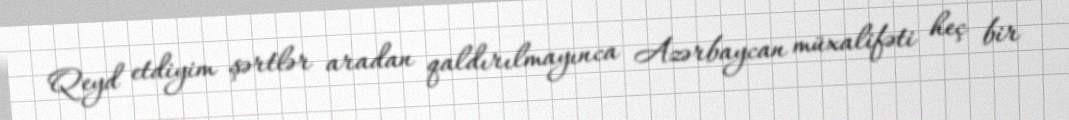
Qeyd etdiyim şərtlər aradan qaldırılmayınca Azərbaycan müxalifəti heç bir